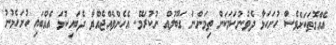
އެއްގޮތަކަށްވެސް ހުށަހަޅާ ދެވުނުކަމަކަށް ތިމަންނަ ގަބޫލުއް ނުކުރަމޭ. އެހެންވެއްޖެއްޔާ ދެބައިކުޅަ އެއްބައި ހުށަހެޅުނު